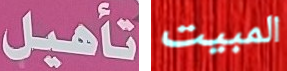
تأهيل المبيت